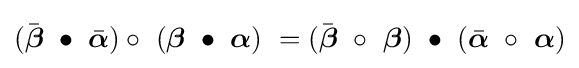
{\textstyle ({\bar {\boldsymbol {\beta }}}\ \bullet \ {\bar {\boldsymbol {\alpha }}})\circ \ ({\boldsymbol {\beta }}\ \bullet \ {\boldsymbol {\alpha }})\ =({\bar {\boldsymbol {\beta }}}\ \circ \ {\boldsymbol {\beta }})\ \bullet \ ({\bar {\boldsymbol {\alpha }}}\ \circ \ {\boldsymbol {\alpha }})}